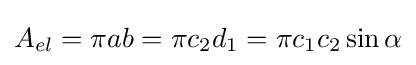
A_{el}=\pi ab=\pi c_{2}d_{1}=\pi c_{1}c_{2}\sin \alpha